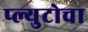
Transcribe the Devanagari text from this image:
प्ल्युटोचा